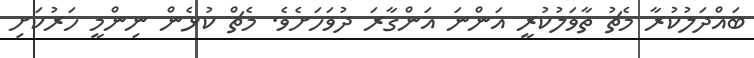
ބައްދަލުކުރާ މެޗު ތާވަލުކުރީ އަންނަ އަންގާރަ ދުވަހަށެވެ. މެޗް ކުޅެން ނިންމީ ހަރުކަށި